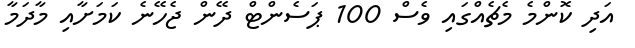
އަދި ކޮންމެ މެޗެއްގައި ވެސް 100 ޕަސެންޓް ދޭން ޖެހޭނެ ކަމަށާއި މާދަމާ